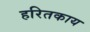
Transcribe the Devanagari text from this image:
हरितकाय